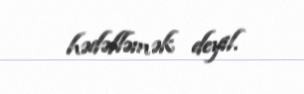
hədəfləmək deyil.